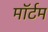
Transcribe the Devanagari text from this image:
मॉर्टम